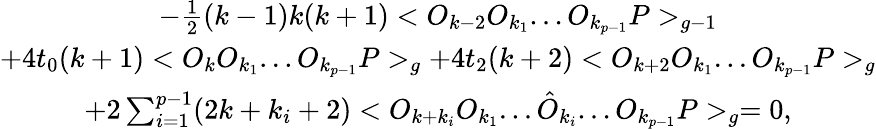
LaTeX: \begin{array}{c}{{-\frac{1}{2}(k-1)k(k+1)<O_{k-2}O_{k_{1}}...O_{k_{p-1}}P>_{g-1}}}\\ {{+4t_{0}(k+1)<O_{k}O_{k_{1}}...O_{k_{p-1}}P>_{g}+4t_{2}(k+2)<O_{k+2}O_{k_{1}}...O_{k_{p-1}}P>_{g}}}\\ {{+2\sum_{i=1}^{p-1}(2k+k_{i}+2)<O_{k+k_{i}}O_{k_{1}}...\hat{O}_{k_{i}}...O_{k_{p-1}}P>_{g}=0,}}\end{array}